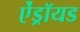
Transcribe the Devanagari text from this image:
ऐंड्रॉयड